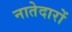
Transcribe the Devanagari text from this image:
नातेदारों